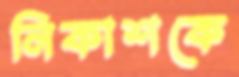
নিকাশকে